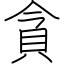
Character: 貪